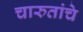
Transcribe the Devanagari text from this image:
चारुतांचे